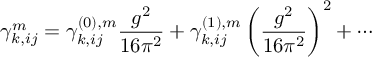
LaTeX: \gamma _ { k , i j } ^ { m } = \gamma _ { k , i j } ^ { ( 0 ) , m } \frac { g ^ { 2 } } { 1 6 \pi ^ { 2 } } + \gamma _ { k , i j } ^ { ( 1 ) , m } \left( \frac { g ^ { 2 } } { 1 6 \pi ^ { 2 } } \right) ^ { 2 } + \cdots